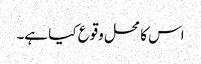
اس کا محل وقوع کیا ہے۔